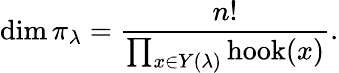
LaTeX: \dim\pi_{\lambda}={\frac{n!}{\prod_{x\in Y(\lambda)}\operatorname{hook}(x)}}.